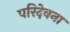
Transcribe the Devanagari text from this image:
परिदेवना